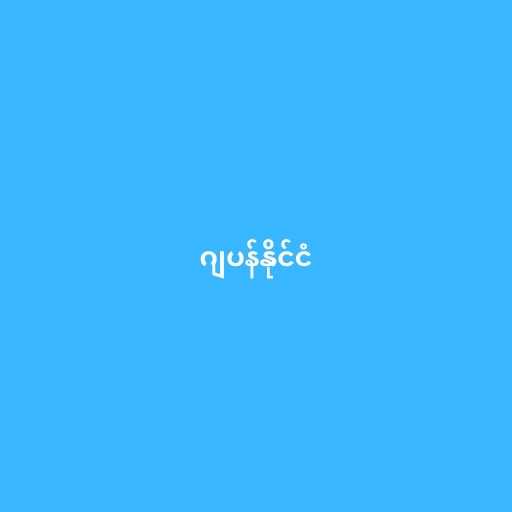
ဂျပန်နိုင်ငံ